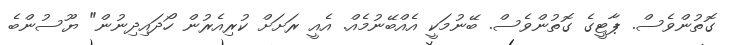
ގޮތުންވެސް. ޕާޓީގެ ގޮތުންވެސް. ބޭނުމަކީ އެއްބޭނުމެއް. އެއީ ރަށަށް ކުރިއެރުން ހޯދައިދިނުން" ޔޫސުންބެ